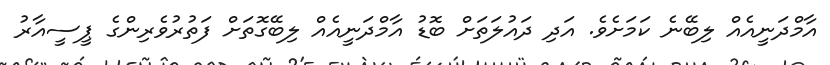
އާމްދަނީއެއް ލިބޭނެ ކަމަށެވެ. އަދި ދައުލަތަށް ބޮޑު އާމްދަނީއެއް ލިބޭގޮތަށް ފަތުރުވެރިންގެ ޕީސީއާރު